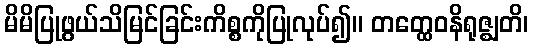
မိမိပြုဖွယ်သိမြင်ခြင်းကိစ္စကိုပြုလုပ်၍။ တတ္ထေဝနိရုဇ္ဈတိ၊